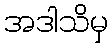
အဒါသိမှ